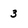
Character: 3